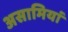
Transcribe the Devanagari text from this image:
असामियां